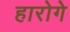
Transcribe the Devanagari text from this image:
हारोगे